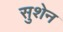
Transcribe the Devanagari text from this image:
सुशेन